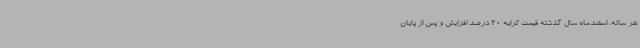
هر ساله، اسفندماه سال گذشته قیمت کرایه 20 درصد افزایش و پس از پایان